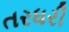
તરધરી